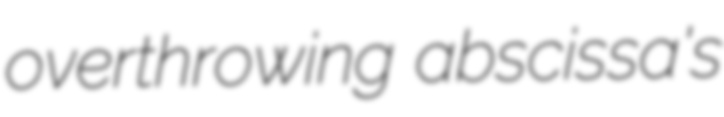
overthrowing abscissa's